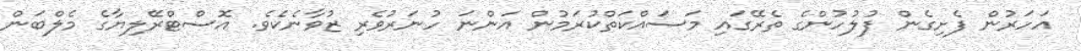
އަހަރުން ފެށިގެން ފުލުހުންގެ ތެރޭގައި މަސައްކަތްކުރަމުން އަންނަ ހުނަރުވެރި ޒުވާނެކެވެ. އޮސްޓްރޭލިޔާގެ މެލްބަން